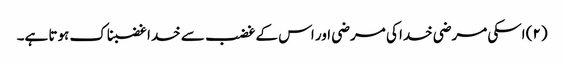
(۲) اسکی مرضی خدا کی مرضی اور اس کے غضب سے خدا غضبناک ہوتا ہے۔